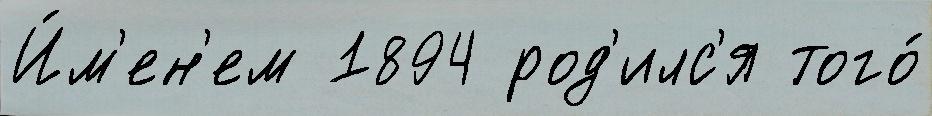
И́м'ен'ем 1894 род'илс'я того́